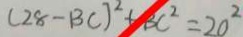
( 2 8 - B C ) ^ { 2 } + B C ^ { 2 } = 2 0 ^ { 2 }